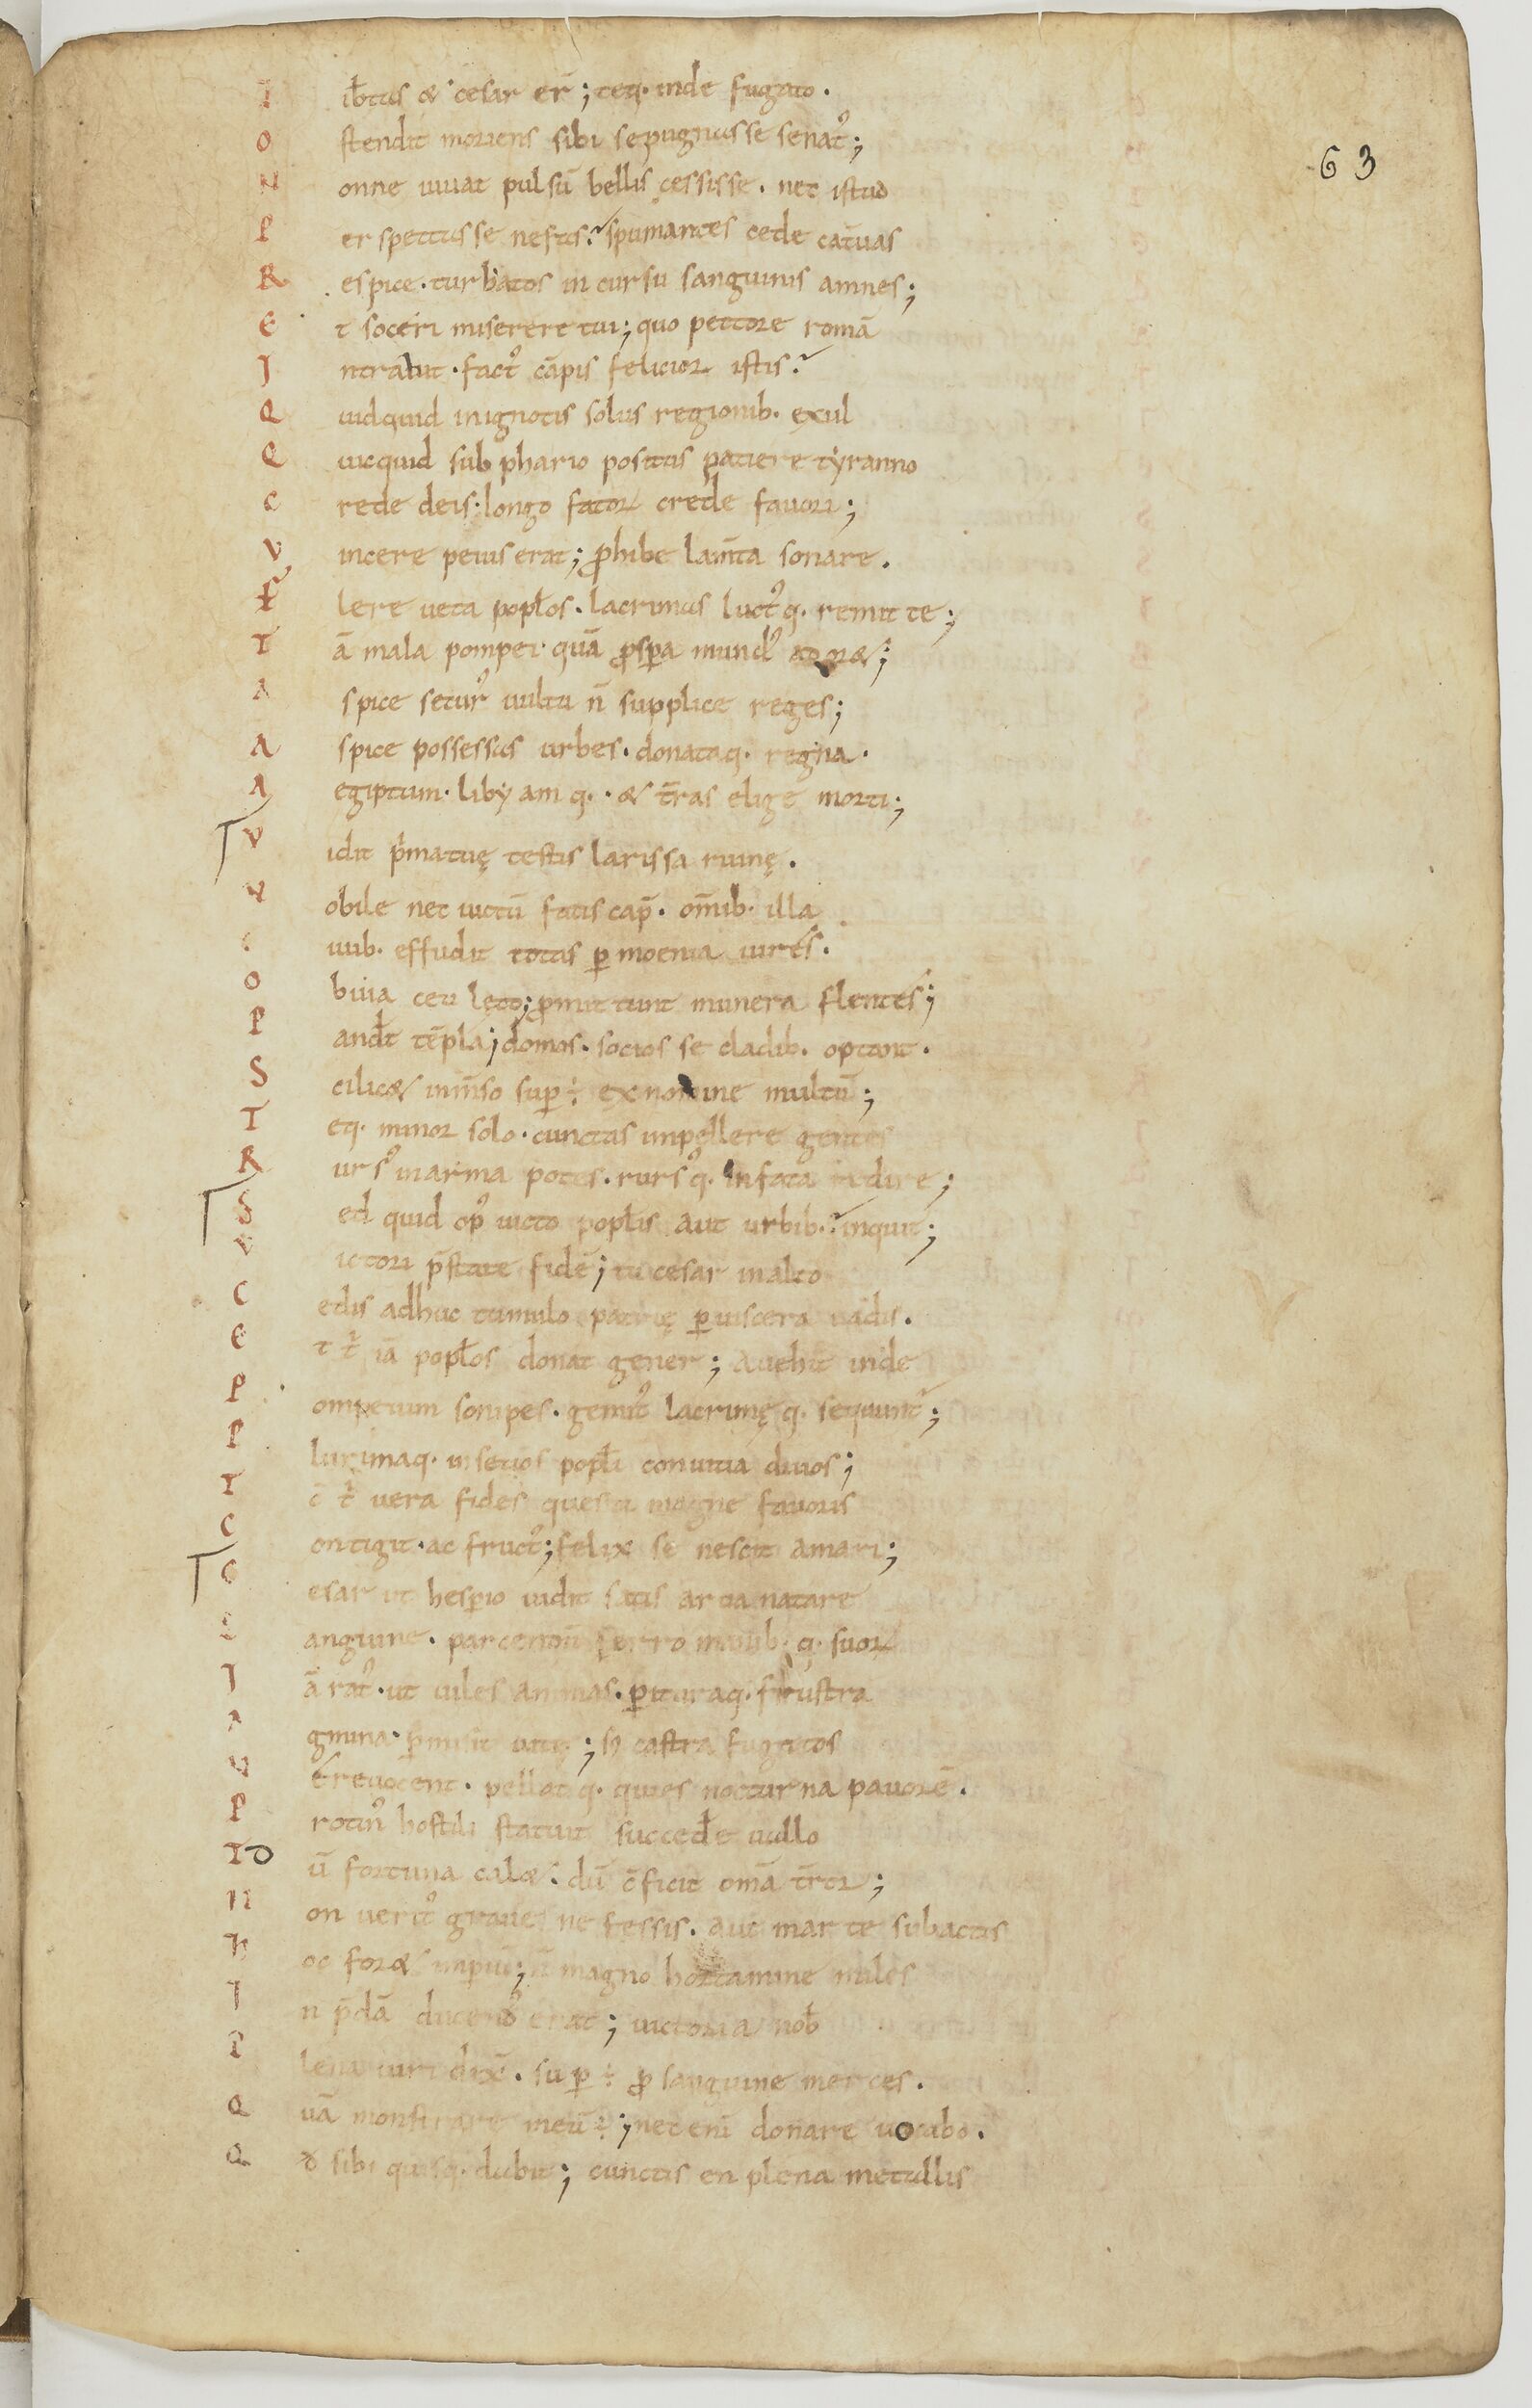
Shelfmark: Paris, BnF, lat. 17901
Century: 11